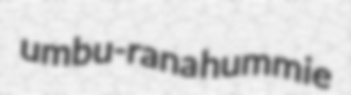
umbu-rana hummie